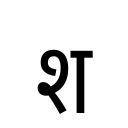
OCR:
श